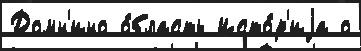
Домн'ино о́бласть Исто́р'иjа о